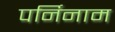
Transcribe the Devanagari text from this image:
पर्निनाम